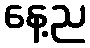
နေ့ည